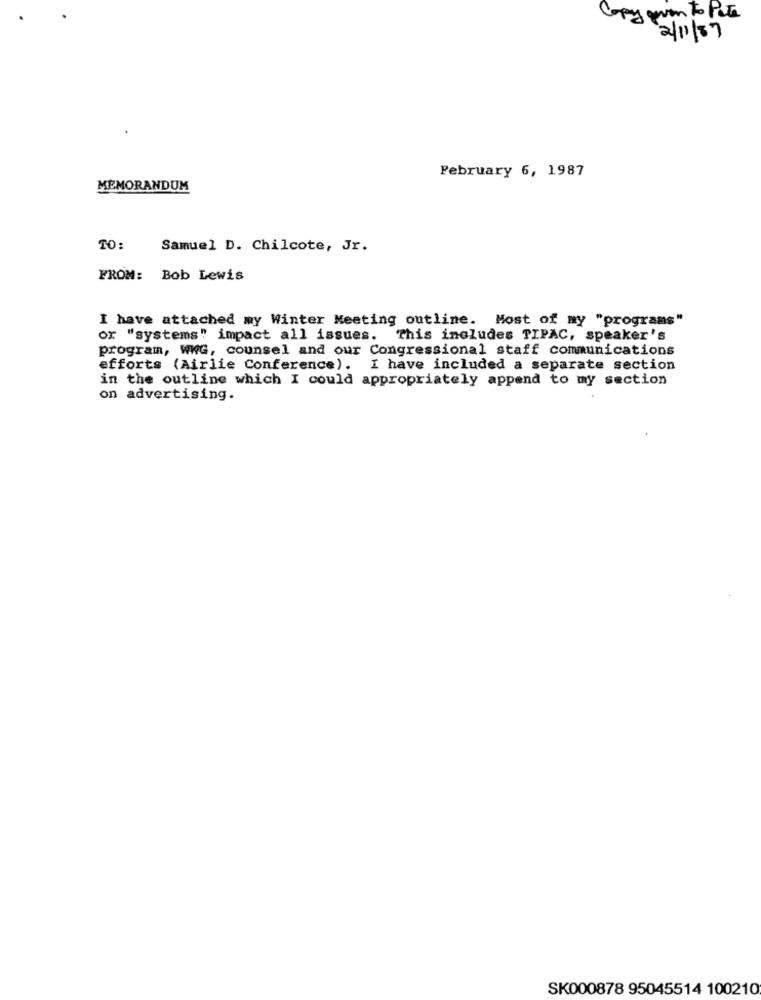
Copy given to Pote
2/11/87
February 6, 1987
MEMORANDUM
TO:
Samuel D. Chilcote, Jr.
FROM: Bob Lewis
I have attached my Winter Meeting outline. Most of my "programs"
or "systems" impact all issues. This includes TIPAC, speaker's
program, WWG, counsel and our Congressional staff communications
efforts (Airlie Conference). I have included a separate section
in the outline which I could appropriately append to my section
on advertising.
SK000878 95045514 100210